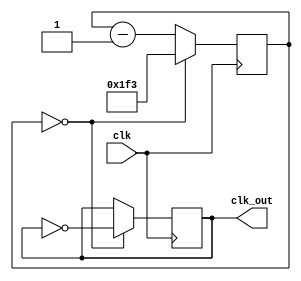
module FrequencySynthesizer(
    input wire clk,
    output reg clk_out
);

reg [11:0] counter = 12'd0;

always @(posedge clk) begin
    if (counter == 12'd0) begin
        counter <= 12'd499; // Divide input frequency by 500
        clk_out <= ~clk_out; // Toggle output clock signal
    end else begin
        counter <= counter - 1;
    end
end

endmodule